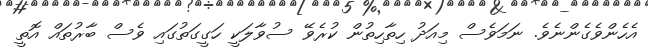
އެހެންވެގެންނެވެ. ނަމަވެސް މިއަދު ހިތާހިތުން ކުރެވޭ ސުވާލަކީ ހަގީގަތުގައި ވެސް ބާރުތައް އޮތީ